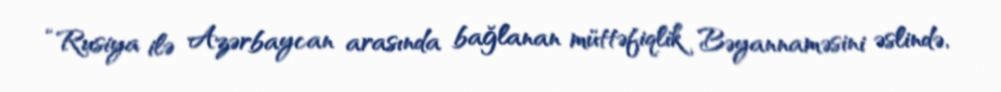
“Rusiya ilə Azərbaycan arasında bağlanan müttəfiqlik Bəyannaməsini əslində,